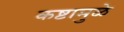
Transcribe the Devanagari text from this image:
कष्टामुळे